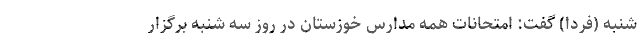
شنبه (فردا) گفت: امتحانات همه مدارس خوزستان در روز سه شنبه برگزار